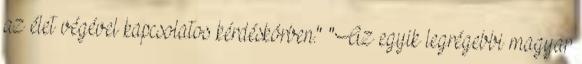
az élet végével kapcsolatos kérdéskörben." "Az egyik legrégebbi magyar